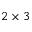
2 \times 3